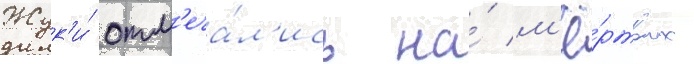
Жук'и́ отм'еча́л'ись на́ м'ё́ртвых